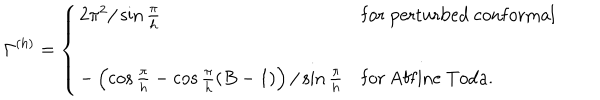
\Gamma ^ { ( h ) } = \left\{ \begin{array} { l l l } { { 2 \pi ^ { 2 } / \sin \frac { \pi } { h } } } & { { \mathrm { f o r } \ \mathrm { p e r t u r b e d \ c o n f o r m a l } } } \\ { { } } & { { } } & { { } } \\ { { - \left( \cos \frac { \pi } { h } - \cos \frac { \pi } { h } ( B - 1 ) \right) / \sin \frac { \pi } { h } } } & { { \mathrm { f o r } \ \mathrm { A f f i n e \ T o d a . } } } \\ \end{array} \right.